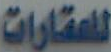
للعقارات